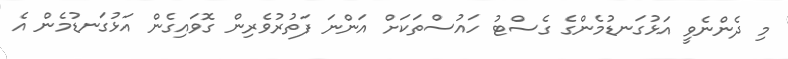
މި ދެންނެވީ އަޅުގަނޑުމެންގެ ގެސްޓު ހައުސްތަކަށް އަންނަ ފަތުރުވެރިން ގޮވައިގެން އަޅުގަނޑުމެން އެ